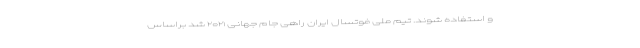
و استفاده شوند. تیم ملی فوتسال ایران راهی جام جهانی ۲۰۲۱ شد براساس